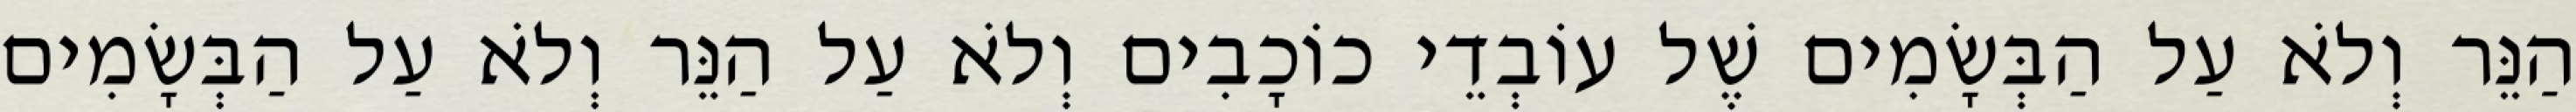
הַנֵּר וְלֹא עַל הַבְּשָׂמִים שֶׁל עוֹבְדֵי כוֹכָבִים וְלֹא עַל הַנֵּר וְלֹא עַל הַבְּשָׂמִים